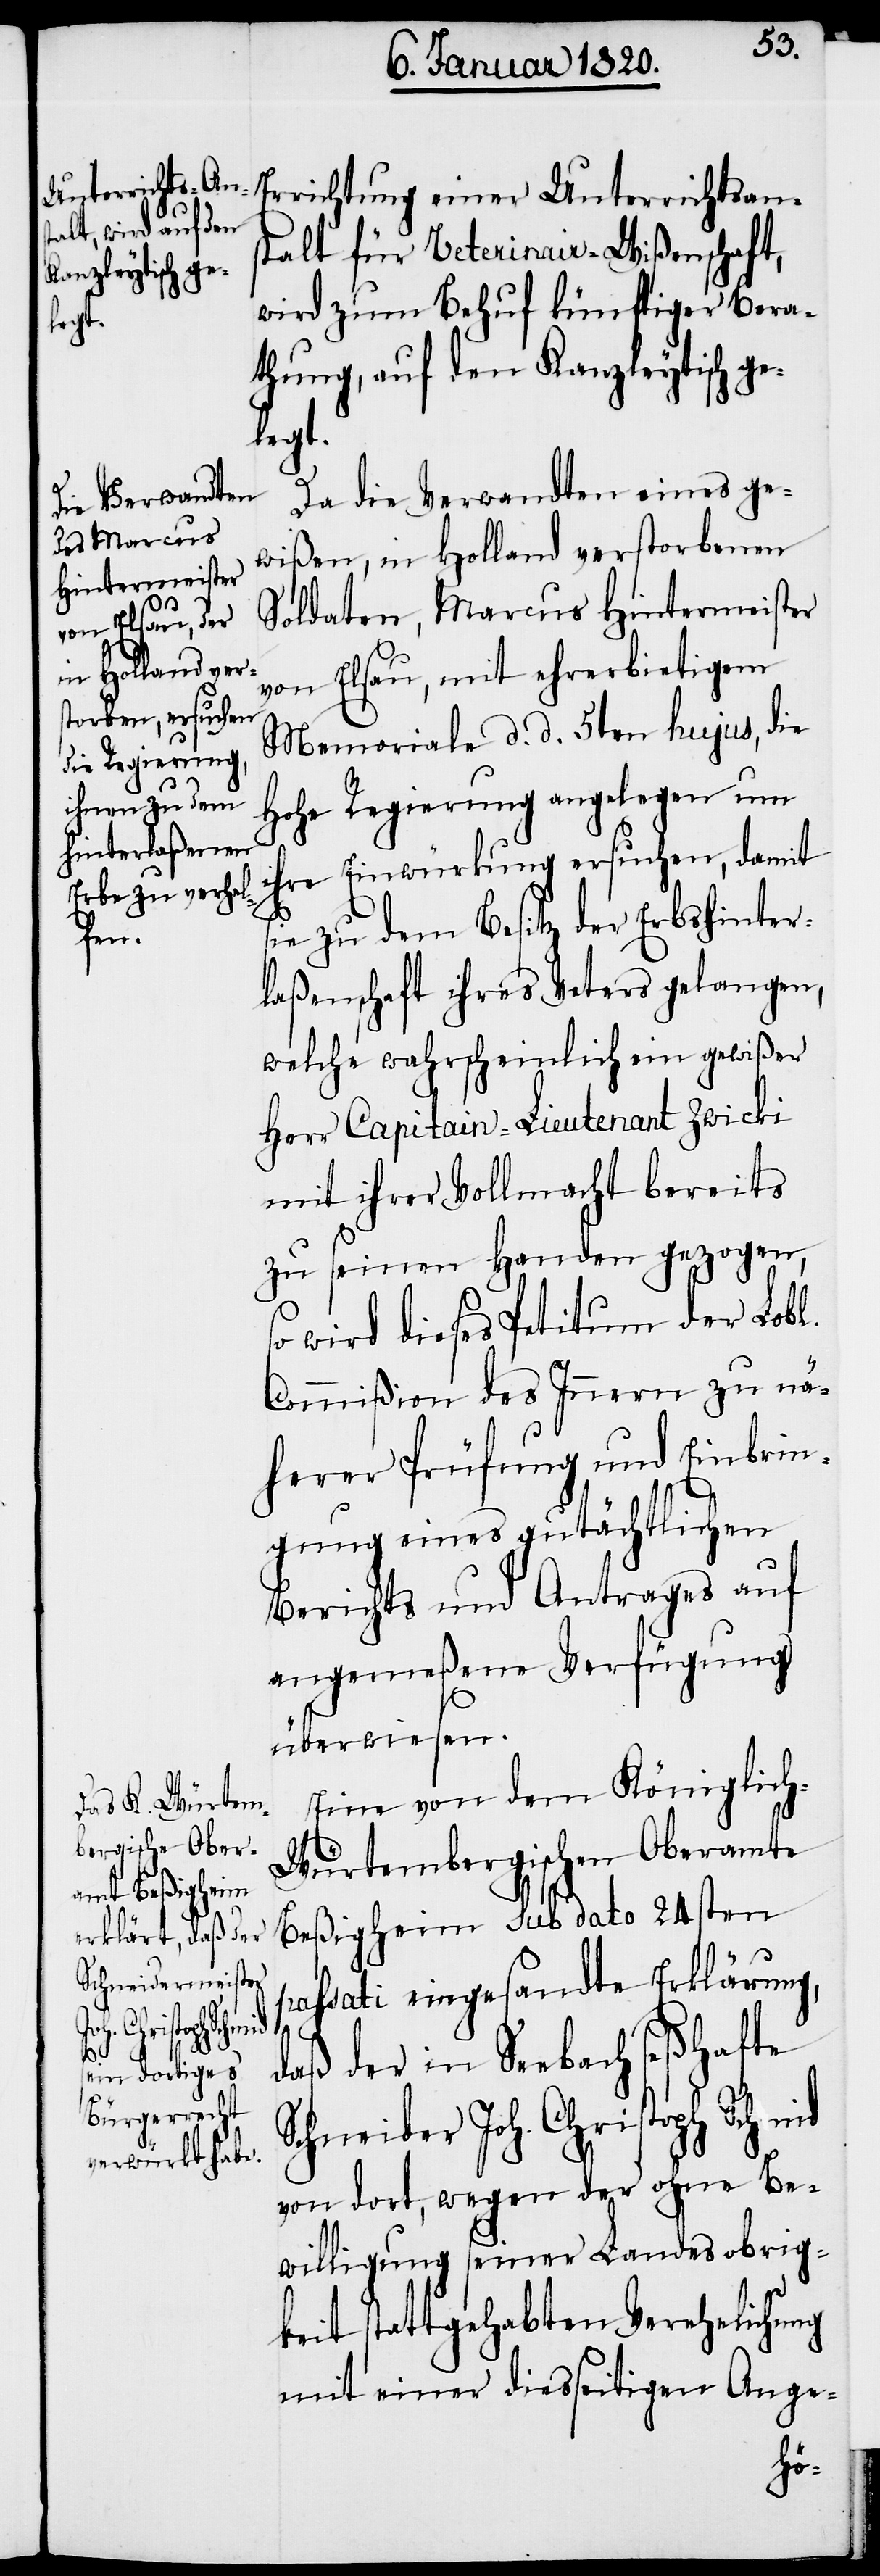
stalt für Veterinair-Wißenschaft,
wird zum Behuf künftiger Bera¬
thung, auf den Kanzleytisch ge¬
legt.
Da die Verwandten eines ge¬
wißen, in Holland verstorbenen
Soldaten, Marcus Hintermeister
von Elsau, mit ehrerbietigem
Memoriale d. d. 5ten hujus, die
Hohe Regierung angelegen um
ihre Einwürkung ersuchen, damit
sie zu dem Besitz der Erbshinter¬
laßenschaft ihres Vaters gelangen,
welche wahrscheinlich ein gewißer
Herr Capitain-Lieutenant Zwicki
mit ihrer Vollmacht bereits
zu seinen Handen gezogen,
so wird dieses Petitum der Lobl.
Commißion des Innern zu nä¬
herer Prüfung und Einbrin¬
gung eines gutächtlichen
Berichts und Antrages auf
angemeßene Verfügung
überwiesen.
Eine von dem Königlich-W¬
ürtembergischen Oberamte
einer
Beßigheim sub dato 24sten
passati eingesandte Erklärung,
Unterrichtsan¬
daß der in Seebach seßhafte
Schneider Joh. Christoph Schmid
von dort, wegen der ohne Be¬
willigung seiner Landesobrig¬
keit stattgehabten Verehelichung
mit einer diesseitigen Ange-